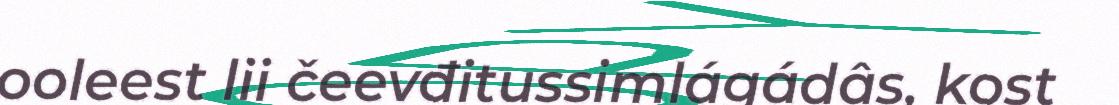
ooleest lii čeevđitussimlágádâs, kost